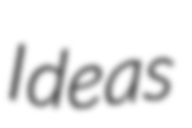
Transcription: Ideas